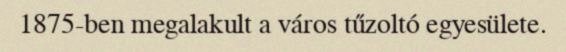
1875-ben megalakult a város tűzoltó egyesülete.